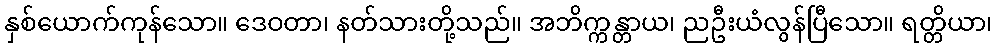
နှစ်ယောက်ကုန်သော။ ဒေဝတာ၊ နတ်သားတို့သည်။ အဘိက္ကန္တာယ၊ ညဦးယံလွန်ပြီသော။ ရတ္တိယာ၊